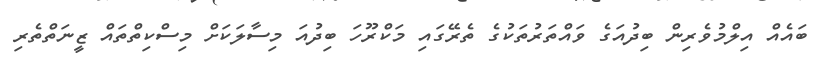
ބައެއް އިލްމުވެރިން ބިދުއަގެ ވައްތަރުތަކުގެ ތެރޭގައި މަކްރޫހަ ބިދުއަ މިސާލަކަށް މިސްކިތްތައް ޒީނަތްތެރި